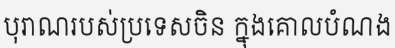
បុរាណរបស់ប្រទេសចិន ក្នុងគោលបំណង